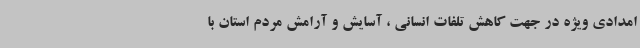
امدادی ویژه در جهت کاهش تلفات انسانی ، آسایش و آرامش مردم استان با